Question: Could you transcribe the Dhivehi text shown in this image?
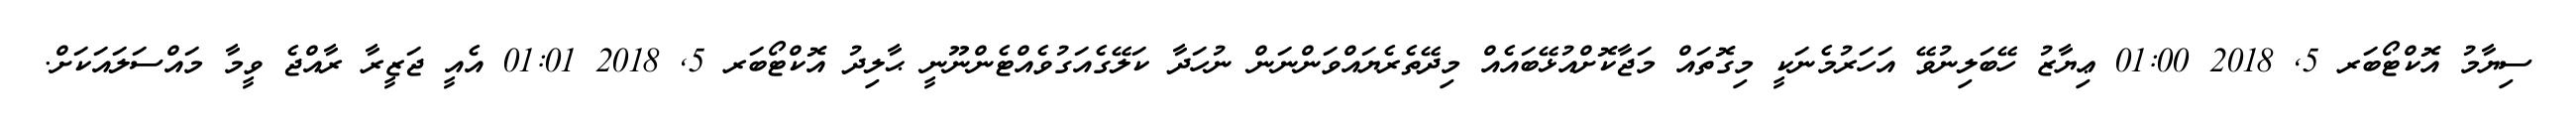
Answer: ސިޔާމު އޮކްޓޯބަރ 5, 2018 01:00 ޢިޔާޒު ހޭބަލިނުވޭ އަހަރުމެނަކީ މިގޮތައް މަޖާކޮށްއުޅޭބައެއް މިދޭތެރެޔައްވަންނަން ނުހަދާ ކަލޭގެއަގުވެއްޓެންނޫނީ ޙާލިދު އޮކްޓޯބަރ 5, 2018 01:01 އެއީ ޖަޒީރާ ރާއްޖެ ވީމާ މައްސަލައަކަށް.